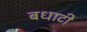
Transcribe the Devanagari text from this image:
बधाटी